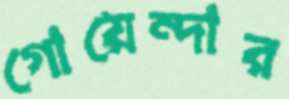
গোয়েন্দার